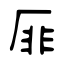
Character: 厞